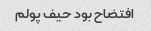
افتضاح بود حیف پولم